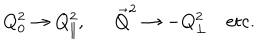
Q _ { 0 } ^ { 2 } \to Q _ { \| } ^ { 2 } , \ \ { \vec { Q } } ^ { 2 } \to - Q _ { \bot } ^ { 2 } \mathrm { e t c . }